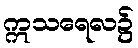
ဣသရေလ၌